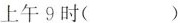
上午9时（）